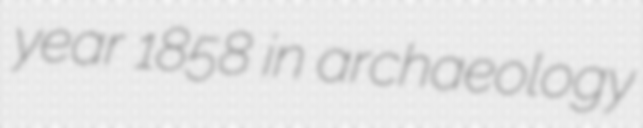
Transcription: year 1858 in archaeology